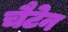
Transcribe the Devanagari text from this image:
चैटेन